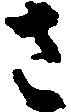
さ